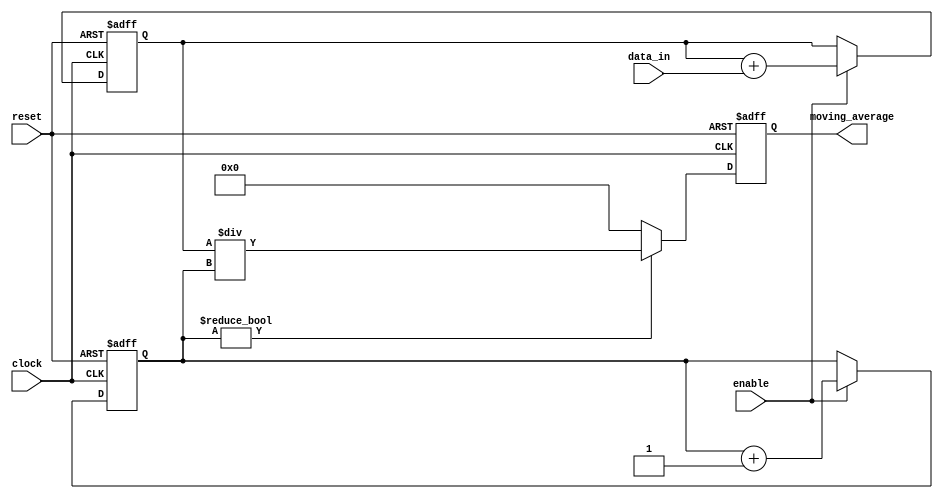
module moving_average_accumulator(
  input wire clock,
  input wire reset,
  input wire [7:0] data_in,
  input wire enable,
  output reg [15:0] moving_average
);

reg [15:0] sum;
reg [3:0] count;

always @(posedge clock or posedge reset) begin
  if (reset) begin
    sum <= 16'b0;
    count <= 4'b0;
    moving_average <= 16'b0;
  end else begin
    if (enable) begin
      sum <= sum + data_in;
      count <= count + 1;
    end
    if (count != 0) begin
      moving_average <= sum / count;
    end else begin
      moving_average <= 16'b0;
    end
  end
end

endmodule